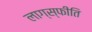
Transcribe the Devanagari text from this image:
लाग्स्फीति